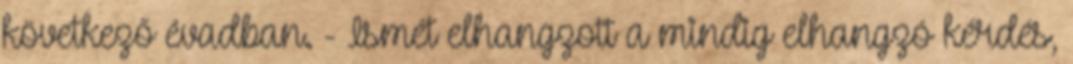
következő évadban. - Ismét elhangzott a mindig elhangzó kérdés,